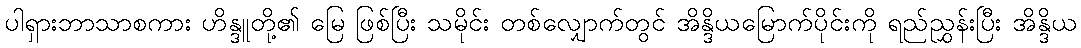
ပါရှားဘာသာစကား ဟိန္ဒူတို့၏ မြေ ဖြစ်ပြီး သမိုင်း တစ်လျှောက်တွင် အိန္ဒိယမြောက်ပိုင်းကို ရည်ညွှန်းပြီး အိန္ဒိယ